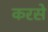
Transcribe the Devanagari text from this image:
करसे